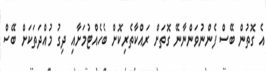
އެ ގޮތުން ބޭސް ފެންނުވަންނާނޭ ގޮތަށް ރައްކާތެރިކޮށް ބެހެއްޓުމަށާއި ދިގު މުއްދަތަކަށް ބޭސް